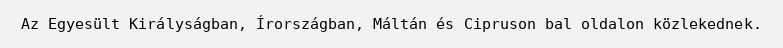
Az Egyesült Királyságban, Írországban, Máltán és Cipruson bal oldalon közlekednek.